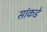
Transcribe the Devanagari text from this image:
सांकडें